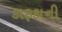
કાફકાની